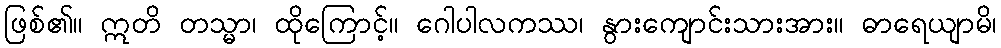
ဖြစ်၏။ ဣတိ တသ္မာ၊ ထိုကြောင့်။ ဂေါပါလကဿ၊ နွားကျောင်းသားအား။ ဓာရေယျာမိ၊